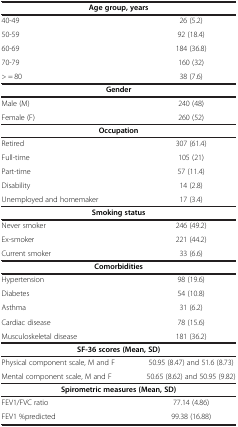
<table><thead><tr><td colspan="2"><b>Age group, years</b></td></tr></thead><tbody><tr><td>40-49</td><td>26 (5.2)</td></tr><tr><td>50-59</td><td>92 (18.4)</td></tr><tr><td>60-69</td><td>184 (36.8)</td></tr><tr><td>70-79</td><td>160 (32)</td></tr><tr><td>&gt; = 80</td><td>38 (7.6)</td></tr><tr><td colspan="2"><b>Gender</b></td></tr><tr><td>Male (M)</td><td>240 (48)</td></tr><tr><td>Female (F)</td><td>260 (52)</td></tr><tr><td colspan="2"><b>Occupation</b></td></tr><tr><td>Retired</td><td>307 (61.4)</td></tr><tr><td>Full-time</td><td>105 (21)</td></tr><tr><td>Part-time</td><td>57 (11.4)</td></tr><tr><td>Disability</td><td>14 (2.8)</td></tr><tr><td>Unemployed and homemaker</td><td>17 (3.4)</td></tr><tr><td colspan="2"><b>Smoking status</b></td></tr><tr><td>Never smoker</td><td>246 (49.2)</td></tr><tr><td>Ex-smoker</td><td>221 (44.2)</td></tr><tr><td>Current smoker</td><td>33 (6.6)</td></tr><tr><td colspan="2"><b>Comorbidities</b></td></tr><tr><td>Hypertension</td><td>98 (19.6)</td></tr><tr><td>Diabetes</td><td>54 (10.8)</td></tr><tr><td>Asthma</td><td>31 (6.2)</td></tr><tr><td>Cardiac disease</td><td>78 (15.6)</td></tr><tr><td>Musculoskeletal disease</td><td>181 (36.2)</td></tr><tr><td colspan="2"><b>SF-36 scores (Mean, SD)</b></td></tr><tr><td>Physical component scale, M and F</td><td>50.95 (8.47) and 51.6 (8.73)</td></tr><tr><td>Mental component scale, M and F</td><td>50.65 (8.62) and 50.95 (9.82)</td></tr><tr><td colspan="2"><b>Spirometric measures (Mean, SD)</b></td></tr><tr><td>FEV1/FVC ratio</td><td>77.14 (4.86)</td></tr><tr><td>FEV1 %predicted</td><td>99.38 (16.88)</td></tr></tbody></table>